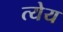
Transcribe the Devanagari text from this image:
त्येय